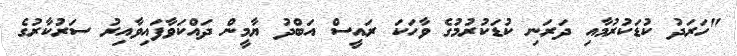
"ހަރަދު ކުޑަކުރުމާއި ދަރަނި ކުޑަކުރުމުގެ ވާހަކަ ރައީސް އަބްދު ޔާމީން ދައްކަވާފައިވާއިރު ސަރުކާރުގެ